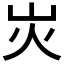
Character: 𡵖